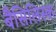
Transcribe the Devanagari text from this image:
बैसिलिस्क